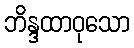
ဘိန္ဒထာဝုသော